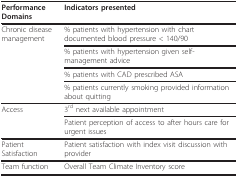
| Performance Domains | Indicators presented |
 | --- | --- |
 | Chronic diseasemanagement | % patients with hypertension with chart documented blood pressure < 140/90 |
 |  | % patients with hypertension given self-management advice |
 |  | % patients with CAD prescribed ASA |
 |  | % patients currently smoking provided information about quitting |
 | Access | 3rd next available appointment |
 |  | Patient perception of access to after hours care for urgent issues |
 | Patient Satisfaction | Patient satisfaction with index visit discussion with provider |
 | Team function | Overall Team Climate Inventory score |